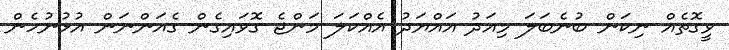
ވީގޮތެއް ނިކަން ބުނެބަލަ މިއަދު އައްޔަދު އެއްކަލަ މަންޖެ ގޮވައިގެން ގެއަންނަން އުޅުނުހެން